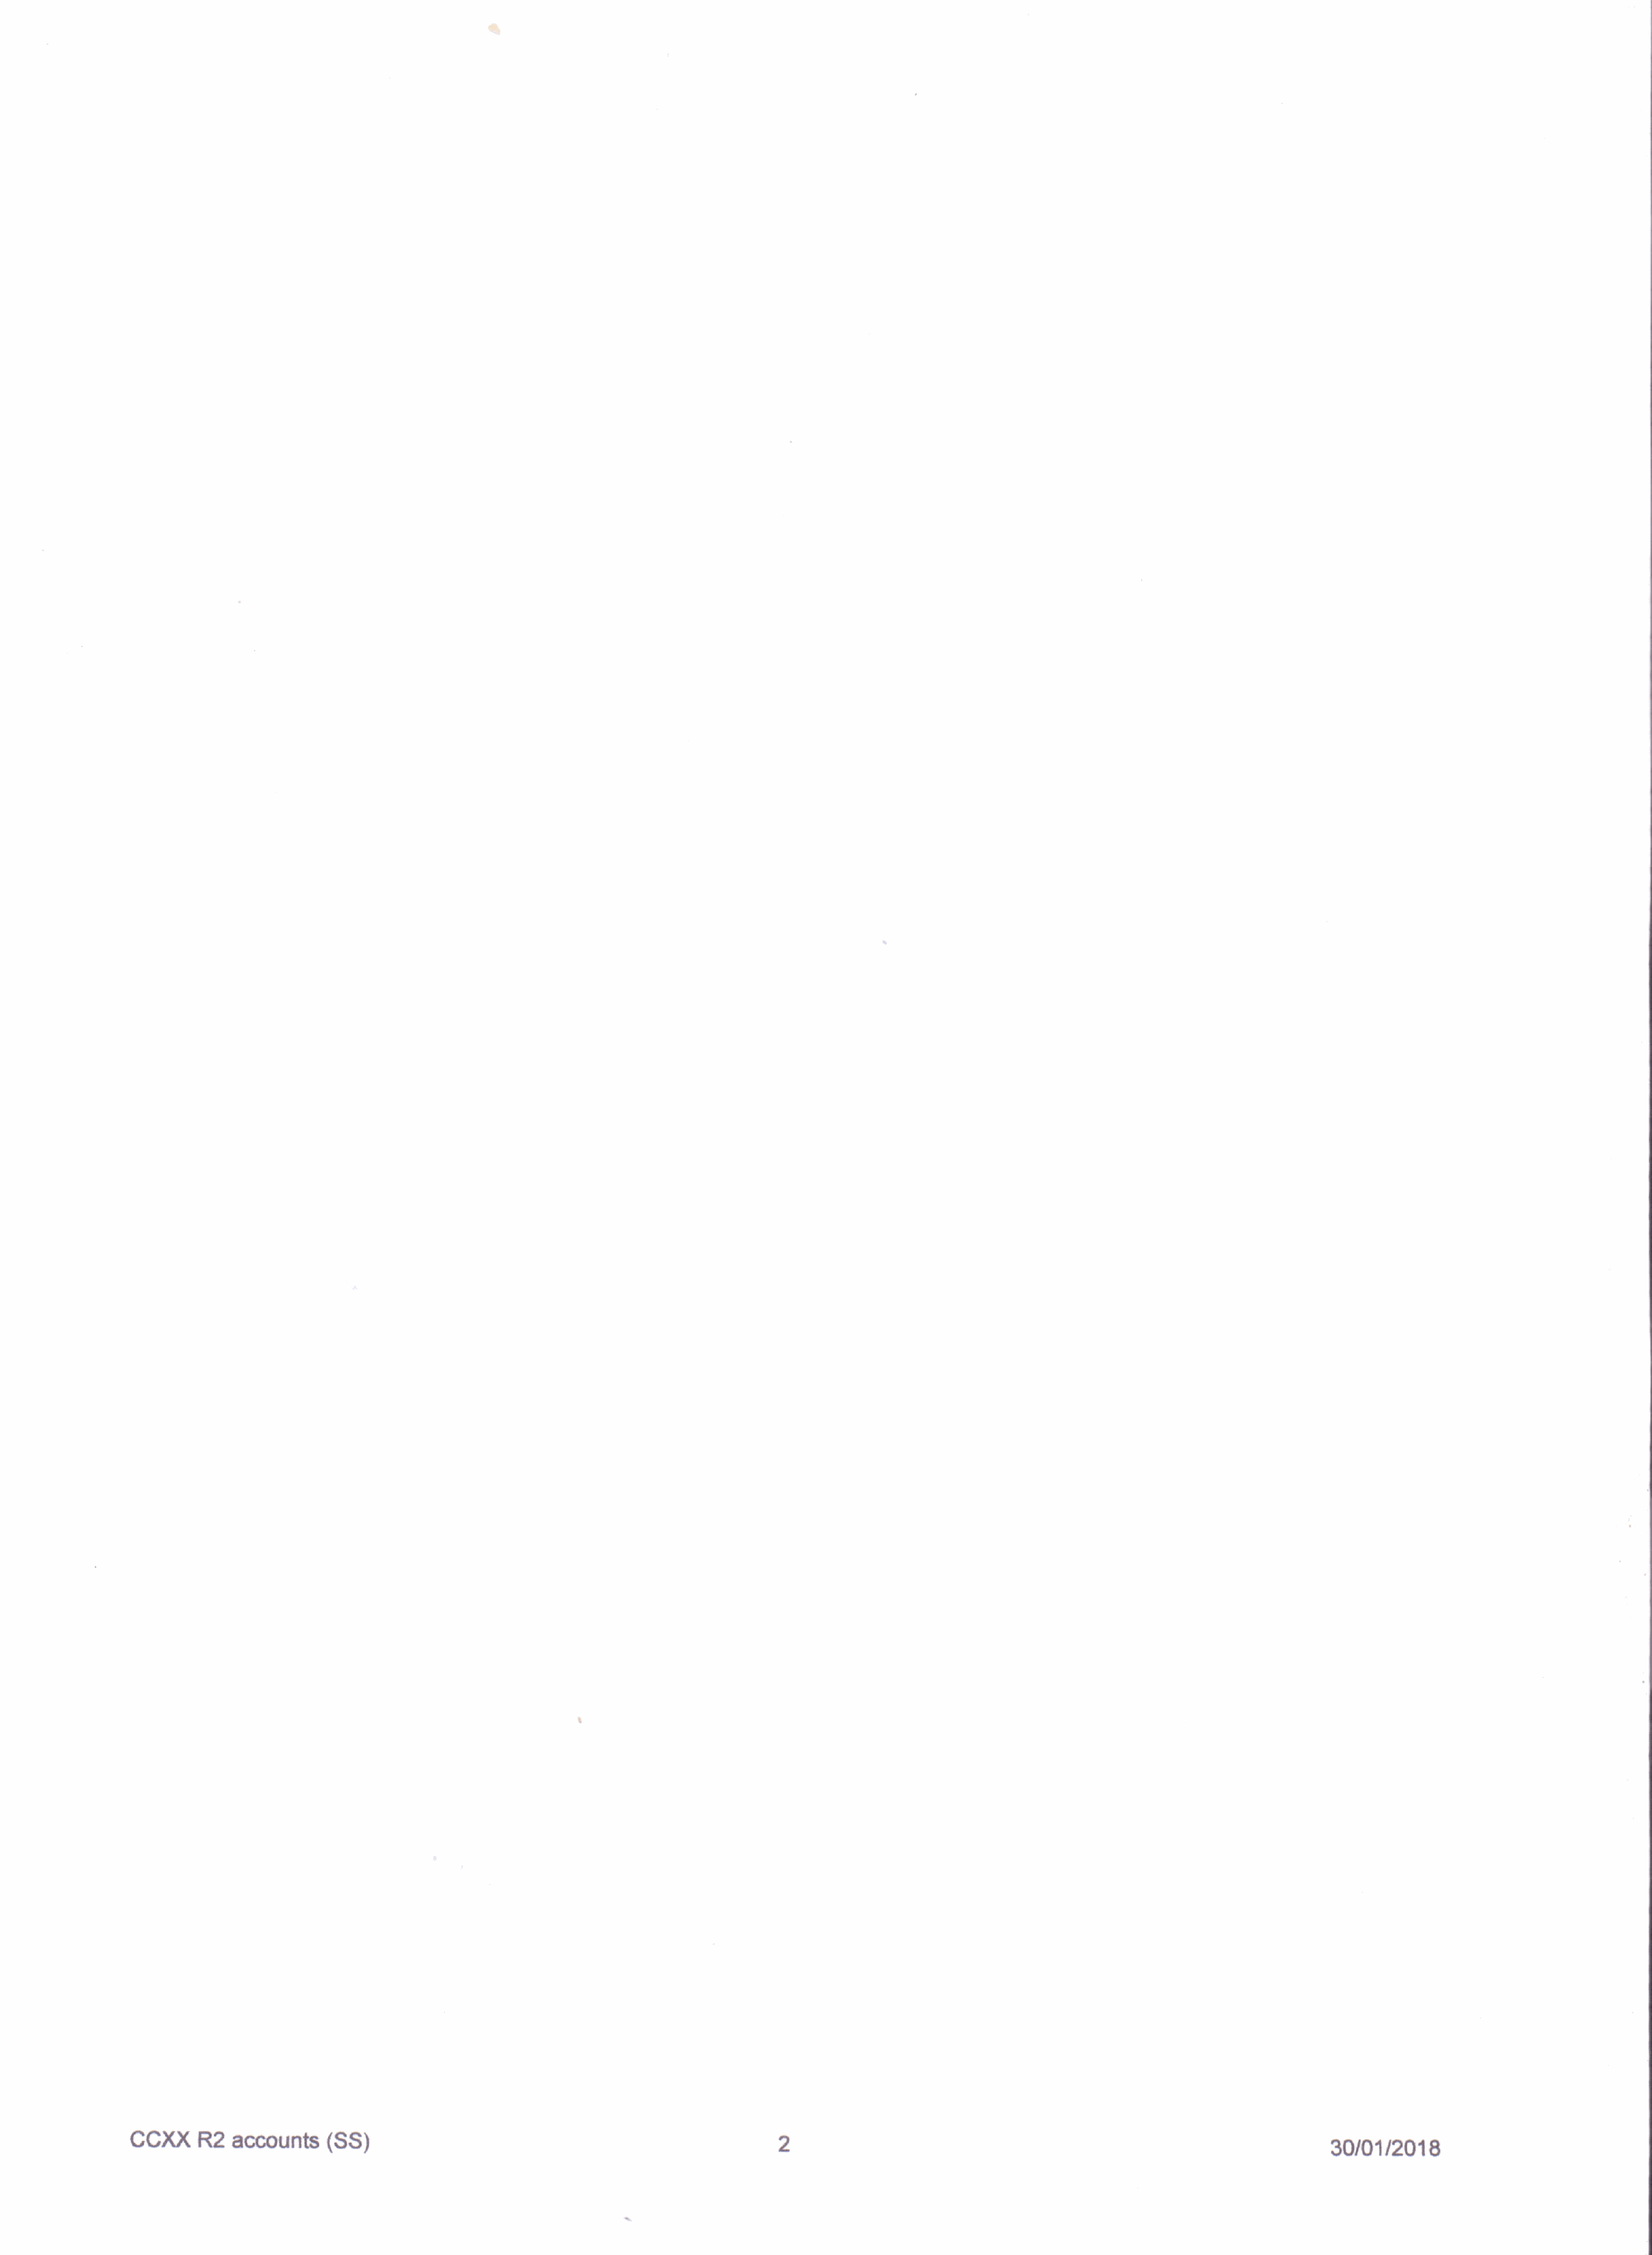
CCXX          R2     aumunts              (SS)
 30I01/2018